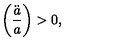
\left( \frac { \ddot { a } } { a } \right) > 0 ,